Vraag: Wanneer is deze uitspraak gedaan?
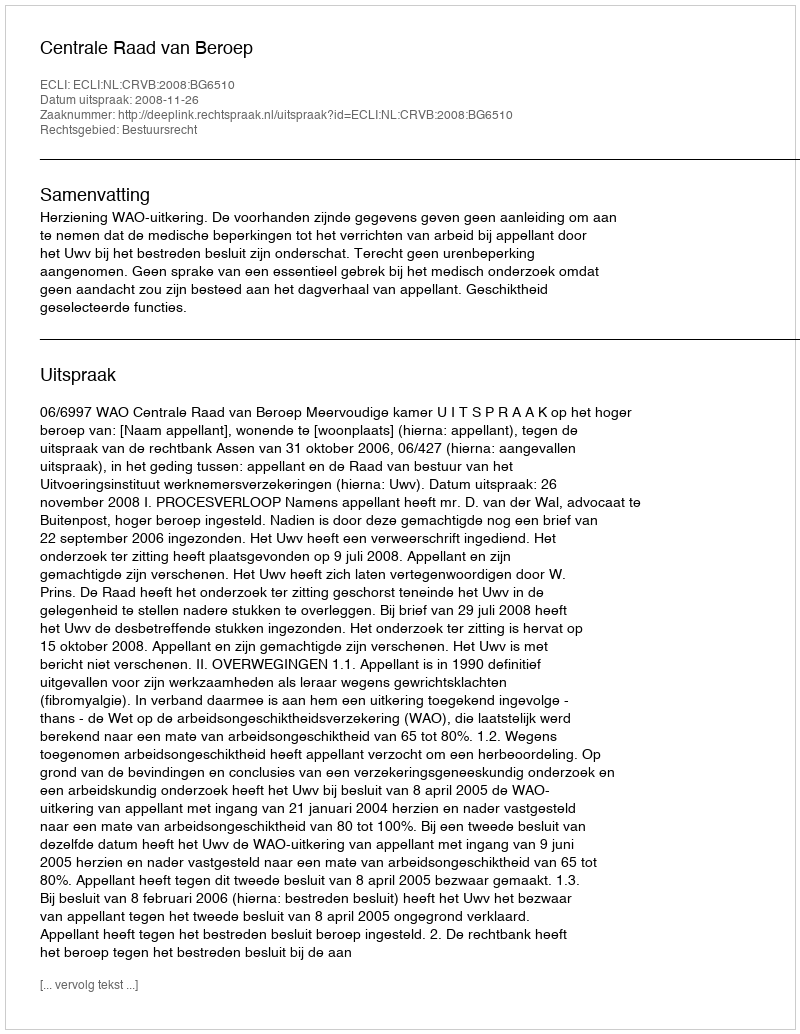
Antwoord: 2008-11-26